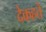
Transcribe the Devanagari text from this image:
देकहते